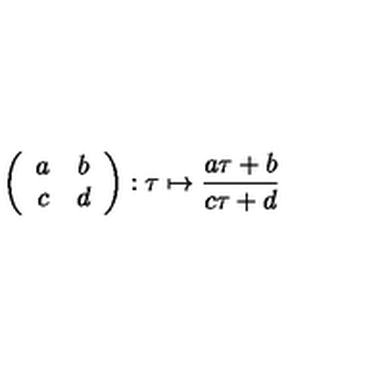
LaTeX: \left( \begin{array} { c c } { a } & { b } \\ { c } & { d } \\ \end{array} \right) : \tau \mapsto \frac { a \tau + b } { c \tau + d }